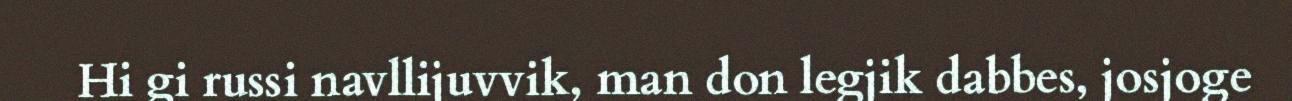
Hi gi russi navllijuvvik, man don legjik dabbes, josjoge